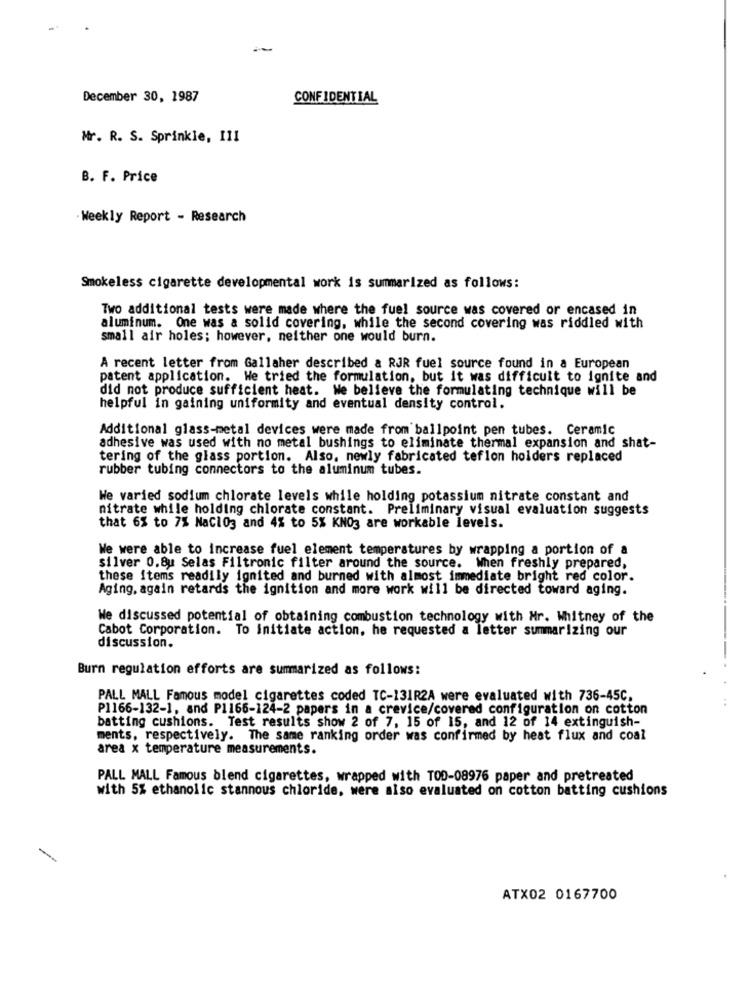
December 30, 1987
CONFIDENTIAL
Mr. R. S. Sprinkle, III
B. F. Price
Weekly Report - Research
Smokeless cigarette developmental work is summarized as follows:
Two additional tests were made where the fuel source was covered or encased in
aluminum. One was a solid covering, while the second covering was riddled with
small air holes; however, neither one would burn.
A recent letter from Gallaher described & RJR fuel source found in a European
patent application. We tried the formulation, but it was difficult to ignite and
did not produce sufficient heat. We believe the formulating technique will be
helpful in gaining uniformity and eventual density control.
Additional glass-metal devices were made from ballpoint pen tubes. Ceramic
adhesive was used with no metal bushings to eliminate thermal expansion and shat-
tering of the glass portion. Also, newly fabricated teflon holders replaced
rubber tubing connectors to the aluminum tubes.
He varied sodium chlorate levels while holding potassium nitrate constant and
nitrate while holding chlorate constant. Preliminary visual evaluation suggests
that 65 to 7% NaCl03 and 4% to 5% KNO3 are workable levels.
We were able to increase fuel element temperatures by wrapping a portion of a
silver 0.8u Selas Filtronic filter around the source. When freshly prepared,
these items readily ignited and burned with almost immediate bright red color.
Aging, again retards the ignition and more work will be directed toward aging.
We discussed potential of obtaining combustion technology with Mr. Whitney of the
Cabot Corporation.
To Initiate action, he requested a letter summarizing our
discussion.
Burn regulation efforts are summarized as follows:
PALL MALL Famous model cigarettes coded TC-131R2A were evaluated with 736-45C.
P1166-132-1, and P1166-124-2 papers in a crevice/covered configuration on cotton
batting cushions. Test results show 2 of 7, 15 of 15, and 12 of 14 extinguish-
ments, respectively. The same ranking order was confirmed by heat flux and coal
area x temperature measurements.
PALL MALL Famous blend cigarettes, wrapped with TOD-08976 paper and pretreated
with 5% ethanolic stannous chloride, were also evaluated on cotton batting cushions
ATX02 0167700